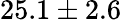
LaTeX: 25.1\pm 2.6